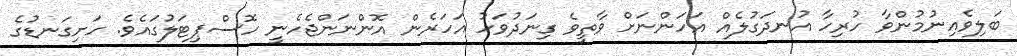
ބަލިވެއިނުމުންވާ ހުރިހާ އުނދަގުލެއް އަހަންނަށް ވާތީވެ ގިނަދުވަހު އަހަރެން އޮންނަންޖެހެނީ ހޮސްޕިޓަލުގައެވެ. ހަށިގަނޑުގެ